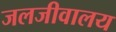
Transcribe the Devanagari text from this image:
जलजीवालय